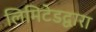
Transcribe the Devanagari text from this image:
लिमिटेडद्वारा